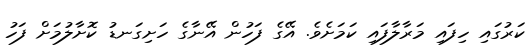
ކަރުގައި ހިފައި މަރާލާފައި ކަމަށެވެ. އޭގެ ފަހުން އޭނާގެ ހަށިގަނޑު ކޮށާލުމަށް ފަހު